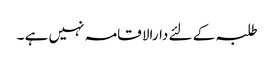
طلبہ کے لئے دارالا قامہ نہیں ہے ۔